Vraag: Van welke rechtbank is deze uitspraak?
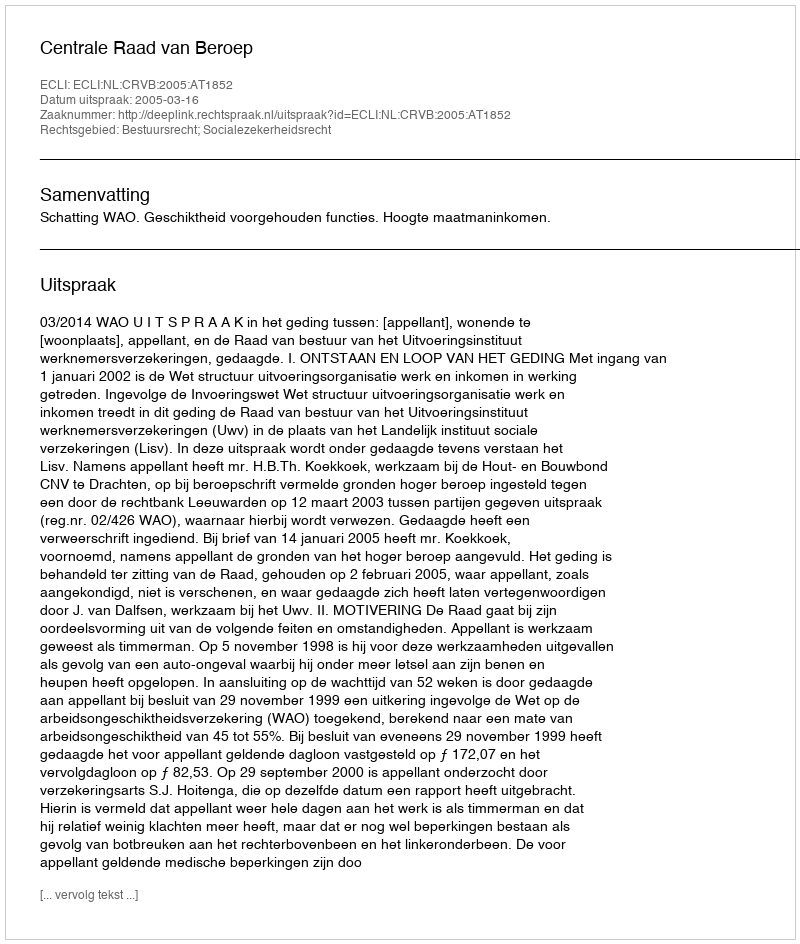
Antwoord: Centrale Raad van Beroep